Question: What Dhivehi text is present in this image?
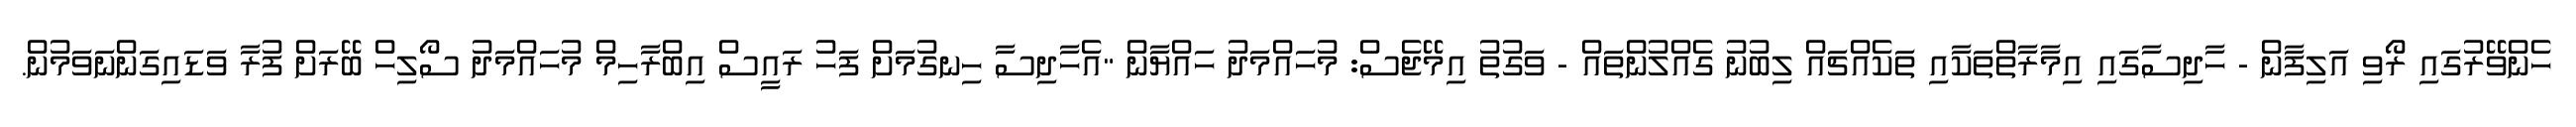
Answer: ހެންވޭރުގައި ރޯވި އަލިފާން - ހާދިސާގައި އިމާރާތްތަކާއި ތަކެއްޗައް ލިބުނު ގެއްލުންތައް - ވަގުތު އިމޭޖެސް: މުހައްމަދު ހައްޔާން "އެހާދިސާ ހިނގުމަށް ފަހު ރައީސް އިބްރާހިމް މުހައްމަދު ސޯލިހް ބޭރަށް ފުރާ ވަޑައިގަންނަވަމުން.